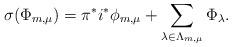
LaTeX: \begin{align*}\sigma(\Phi_{m,\mu}) = \pi^* i^* \phi_{m,\mu} + \sum_{\lambda\in \Lambda_{m,\mu} } \Phi_\lambda.\end{align*}